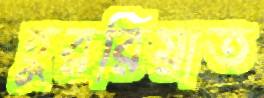
হুররিয়াত